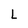
Character: L